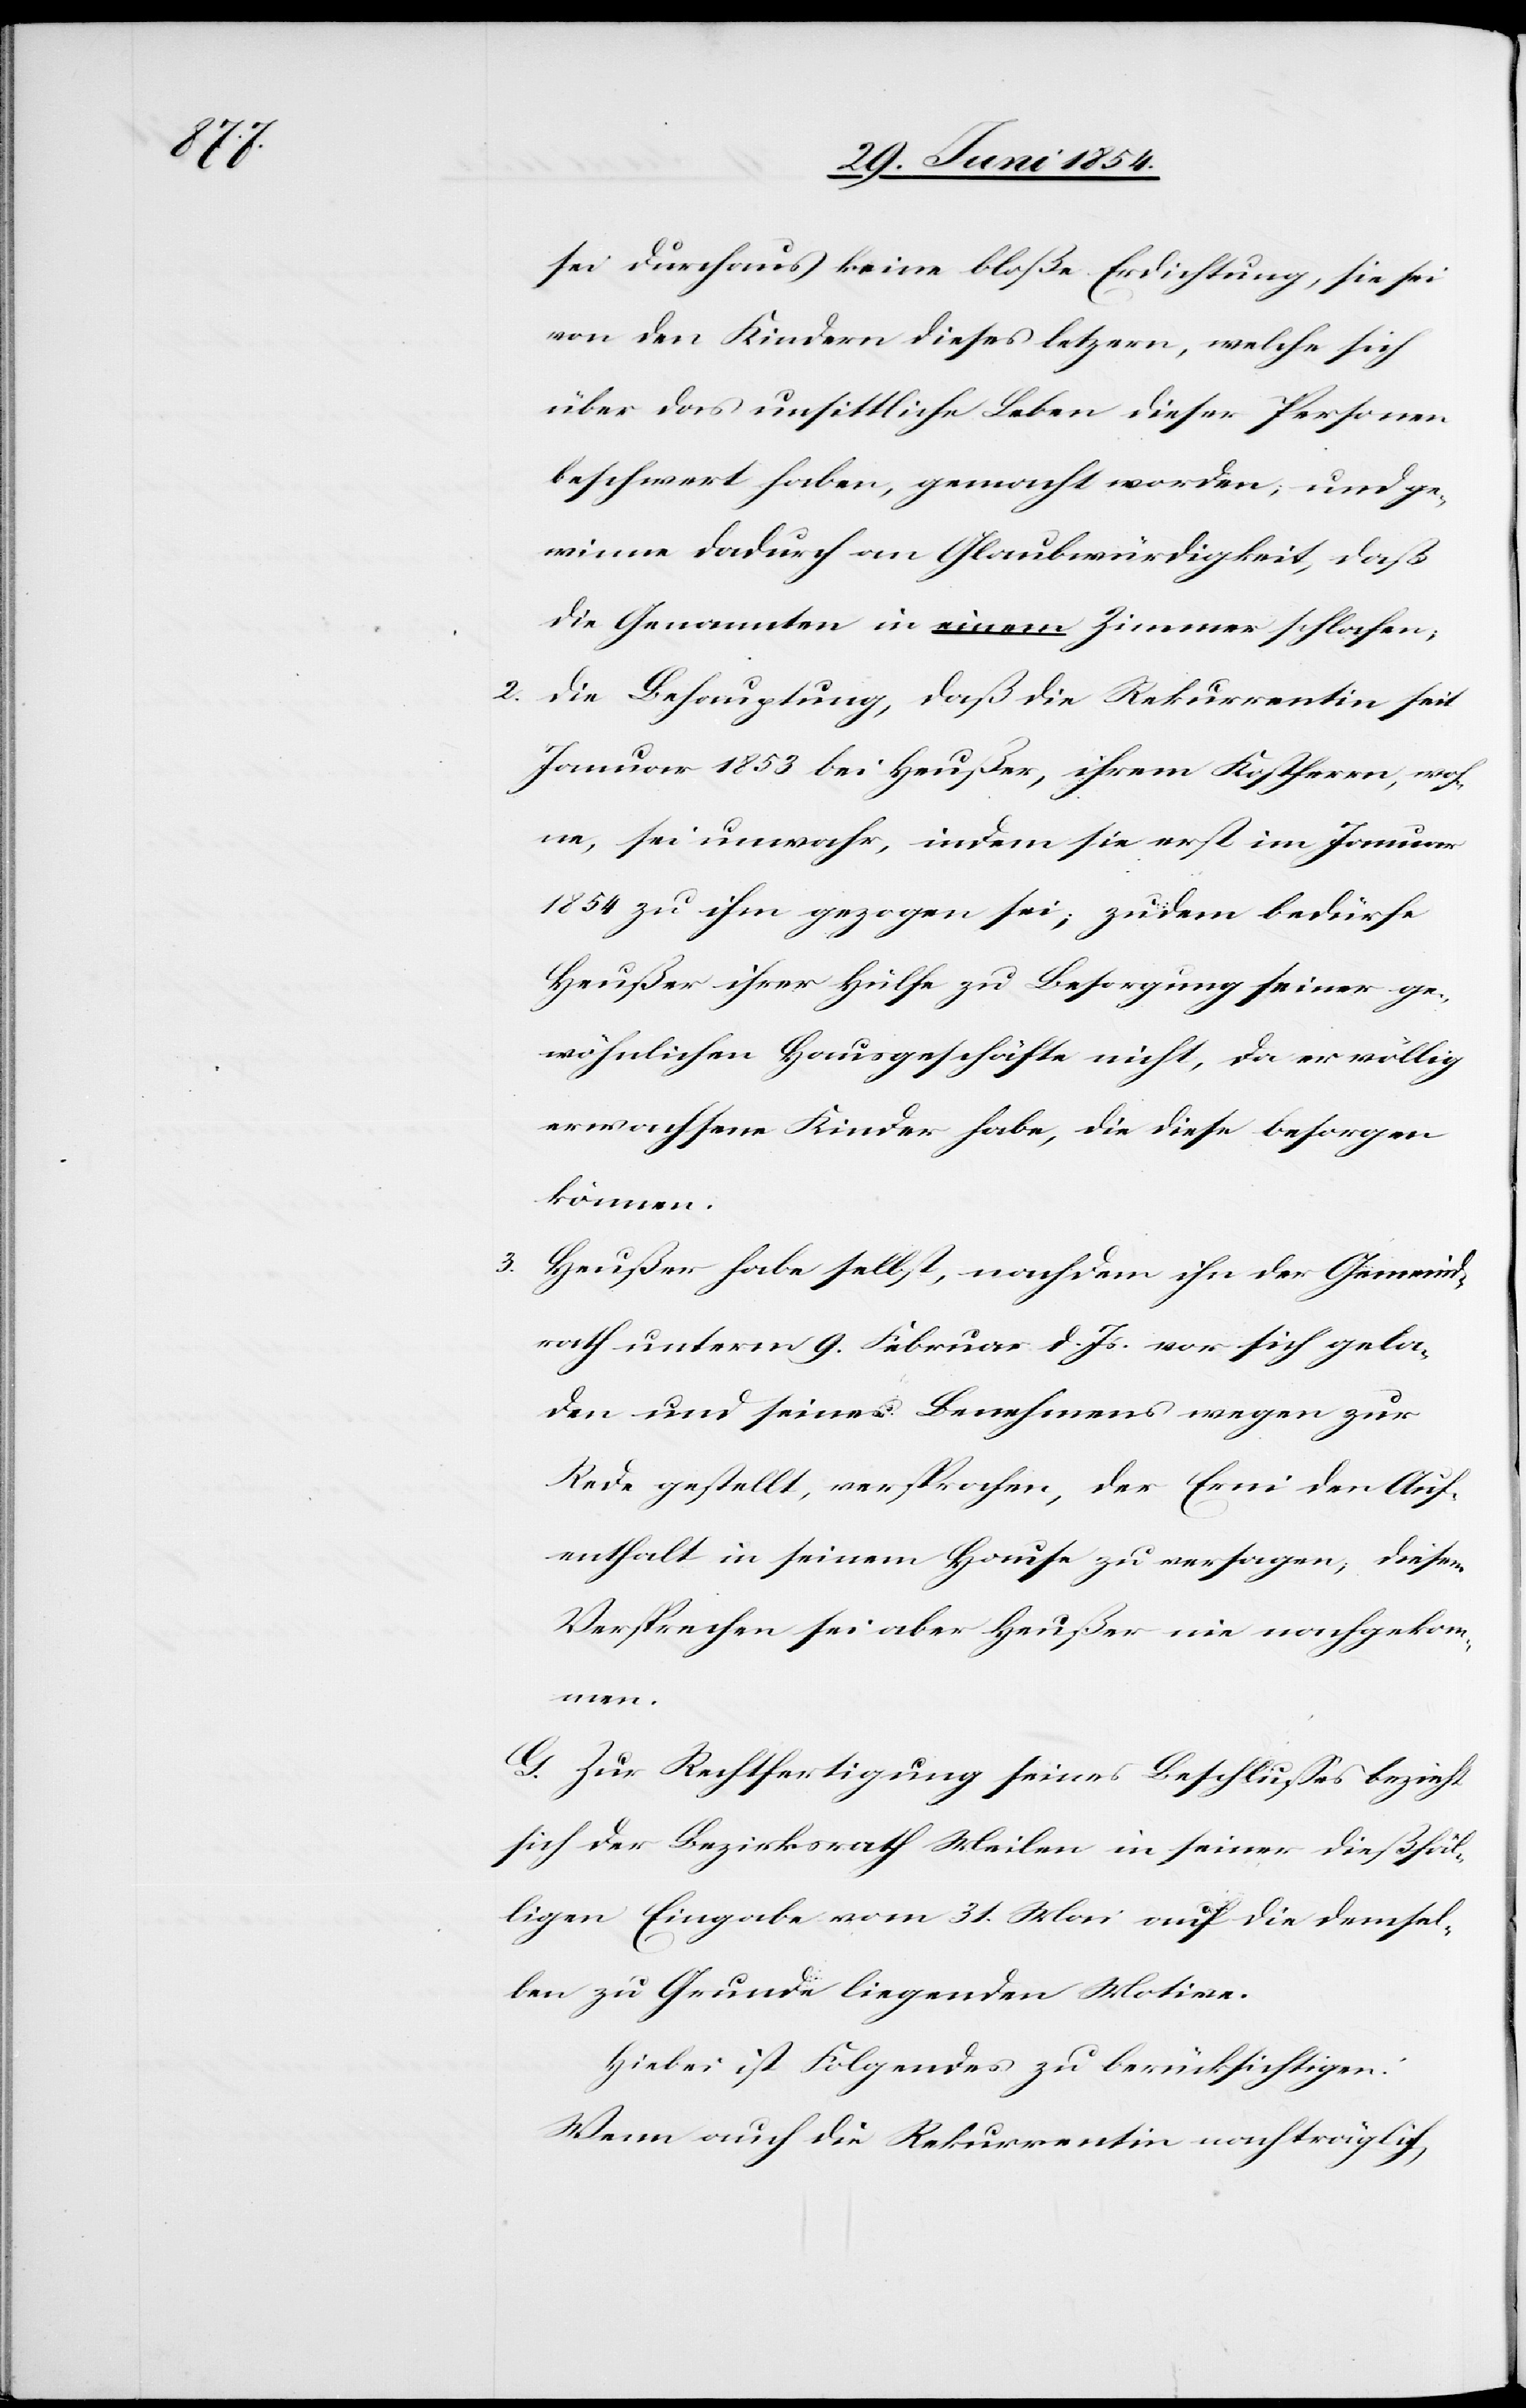
sei durchaus keine bloße Erdichtung, sie sei
von den Kindern dieses letz[t]ern, welche sich
über das unsittliche Leben dieser Personen
beschwert haben, gemacht worden; und ge¬
winne dadurch an Glaubwürdigkeit, daß
die Genannten in einem Zimmer schlafen;
2. die Behauptung, daß die Rekurrentin seit
Januar 1853 bei Heußer, ihrem Kostherrn, woh¬
ne, sei unwahr, indem sie erst im Januar
1854 zu ihm gezogen sei; zudem bedürfe
Heußer ihrer Hülfe zu Besorgung seiner ge¬
wöhnlichen Hausgeschäfte nicht, da er völlig
erwachsene Kinder habe, diese besorgen
können.
3. Heuser habe selbst, nachdem ihn der Gemeind¬
rath unterm 9. Februar d. Js. vor sich gela¬
den und seines Benehmens wegen zur
Rede gestellt, versprochen, der Erni den Auf¬
enthalt in seinem Hause zu versagen, diesem
Versprechen sei aber Heußer nie nachgekomm¬
en.
G. Zur Rechtfertigung seines Beschlußes bezieht
sich der Bezirksrath Meilen in seiner dießfäl¬
ligen Eingabe vom 31. Mai auf die demsel¬
ben zu Grunde liegenden Motive.
Hiebei ist Folgendes zu berücksichtigen:
Wenn auch die Rekurrentin nachträglich,